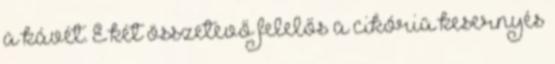
a kávét. E két összetevő felelős a cikória kesernyés